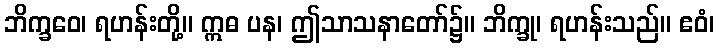
ဘိက္ခဝေ၊ ရဟန်းတို့။ ဣဓ ပန၊ ဤသာသနာတော်၌။ ဘိက္ခု၊ ရဟန်းသည်။ ဧဝံ၊